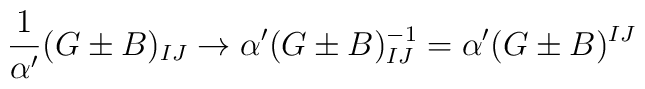
\frac{1}{\alpha^\prime}(G\pm B)_{IJ}\rightarrow \alpha^\prime(G\pm B)_{IJ}^{-1} = \alpha^\prime(G\pm B)^{IJ}